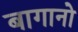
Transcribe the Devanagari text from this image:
बागानो